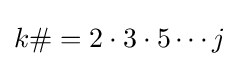
k\#=2\cdot 3\cdot 5\cdots j